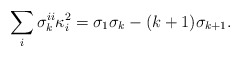
\begin{align*}\sum_i \sigma_{k}^{ii}\kappa_i^2=\sigma_1\sigma_k-(k+1)\sigma_{k+1}.\end{align*}